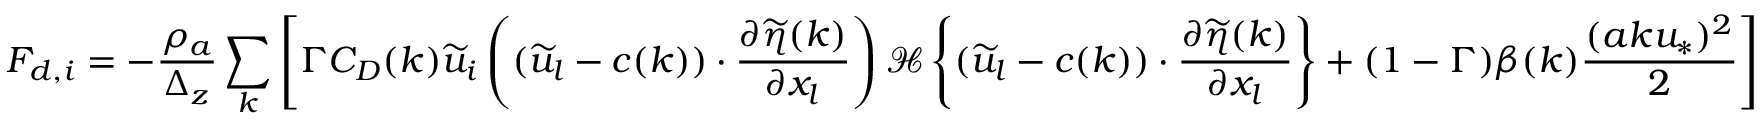
F _ { d , i } = - \frac { \rho _ { a } } { \Delta _ { z } } \sum _ { k } \left[ \Gamma C _ { D } ( k ) \widetilde { u } _ { i } \left( ( \widetilde { u } _ { l } - c ( k ) ) \cdot \frac { \partial \widetilde { \eta } ( k ) } { \partial x _ { l } } \right) { \mathcal { H } \left\{ ( \widetilde { u } _ { l } - c ( k ) ) \cdot \frac { \partial \widetilde { \eta } ( k ) } { \partial x _ { l } } \right\} } + ( 1 - \Gamma ) \beta ( k ) \frac { ( a k u _ { * } ) ^ { 2 } } { 2 } \right]